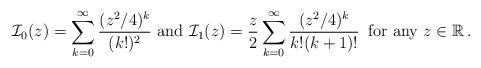
LaTeX: \begin{align*}\mathcal{I}_{0}(z)=\sum\limits_{k=0}^\infty \frac{(z^2/4)^k}{(k!)^2}\textrm{ and } \mathcal{I}_{1}(z)=\frac{z}{2}\sum\limits_{k=0}^\infty \frac{(z^2/4)^k}{k!(k+1)!}\,\textrm{ for any }z\in \mathbb{R}\,.\end{align*}